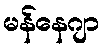
မန်နေဂျာ